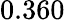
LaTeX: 0.360